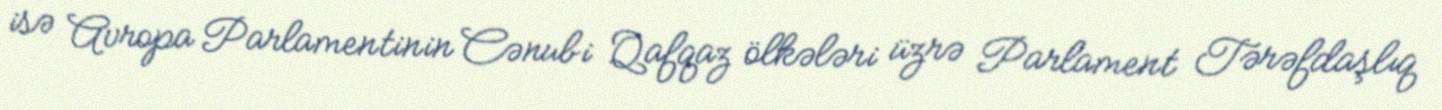
isə Avropa Parlamentinin Cənubi Qafqaz ölkələri üzrə Parlament Tərəfdaşlıq